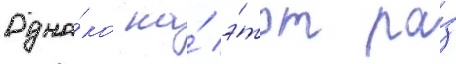
Одна́ко на́ э́тот ра́з